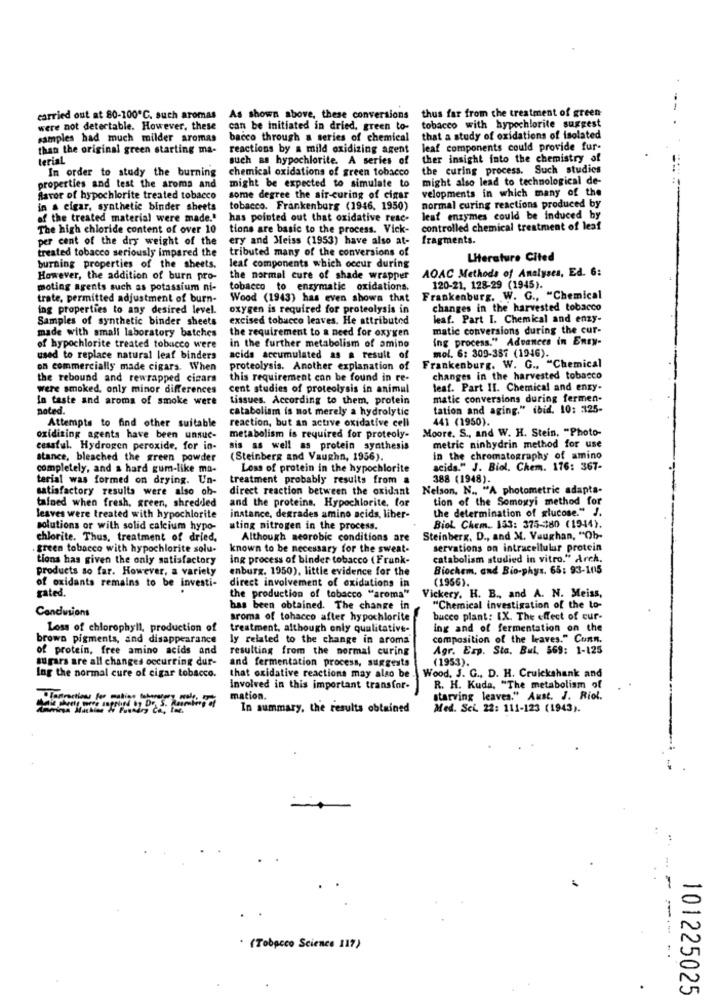
As shown above, these conversions thus far from the treatment of green
carried out at 80-100℃, such aromas
were not detectable. However, these
can be initiated in dried, green to- tobacco with hypochlorite suggest
samples had much milder aromas
bacco through a series of chemical
that a study of oxidations of isolated
than the original green starting ma-
reactions by a mild oxidizing agent
leaf components could provide fur-
terial
such as hypochlorite. A series of
ther insight into the chemistry of
In order to study the burning
chemical oxidations of green tobacco
the curing process. Such studies
might also lead to technological de-
properties and test the aroma and
might be expected to simulate to
velopments in which many of the
favor of hypochlorite treated tobacco
some degree the air-curing of cigar
in a cigar, synthetic binder sheets
tobacco. Frankenburg (1946. 1950)
normal curing reactions produced by
of the treated material were made."
has pointed out that oxidative rese-
leat enzymes could be induced by
The high chloride content of over 10
tions are basic to the process. Vick-
controlled chemical treatment of leaf
per cent of the dry weight of the
ery and Meiss (1953) have also at-
fragments.
treated tobacco seriously impared the
tributed many of the conversions of
Literature Cited
burning properties of the sheets.
leaf components which occur during
However, the addition of burn pro-
the normal cure of shade wrapper
AOAC Methods of Analyses, Ed. 6:
moting agents such as potassium ni-
tobacco to enzymatic oxidations.
120-21. 128-29 (1945).
trate, permitted adjustment of burn-
Wood (1943) has even shows that
Frankenburg. W. G ., "Chemical
ing properties to any desired level.
oxygen is required for proteolysis in
changes in the harvested tobacco
Samples of synthetic binder sheets
excised tobacco leaves. He attributed
leaf. Part I. Chemical and enzy-
made with small laboratory batches
the requirement to a need for oxygen
matic conversions during the cur-
ing process." Advances in Enty-
of hypochlorite treated tobucco were
in the further metabolism of amino
used to replace natural leaf binders
acids accumulated as a result of
Frankenburg. W. G ., "Chemical
mol. 6: 309-387 (1946).
on commercially made cigars. When
proteolysis. Another explanation of
the rebound and rewrapped cimars
this requirement can be found in re-
changes in the harvested tobacco
were smoked, only minor differences
cent studies of proteolysis in animal
leaf. Part II. Chemical and enzy-
In taste and aroma of smoke were
tissues. According to them, protein
matic conversions during fermen-
noted.
cataboliam is not merely a hydrolytic
tation and aging." ibid. 10: 325-
reaction, but an active oxidative cell
441 (1950).
Attempts to find other suitable
Moore, S ., and W. H. Stein, "Photo-
oxidizing agents have been unsuc-
metabolism is required for proteoly-
cessful. Hydrogen peroxide, for in-
sis as well as protein synthesis
metric ninhydrin method for use
stance, bleached the green powder
(Steinberg and Vaughn, 1956).
in the chromatography of amino
completely, and a hard gum-like ma-
Loss of protein in the hypochlorite
acids." J. Biol. Chem. 176: 367-
terial was formed on drying. Un-
treatment probably results from a
388 (1948).
satisfactory results were also ob-
direct reaction between the oxidant
Nelson, N .. "A photometric adapta-
and the proteins. Hypochlorite, for
tion of the Somogyi method for
tafned when fresh, green, shredded
the determination of glucose." J.
leaves were treated with hypochlorite
instance, degrades amino acids, liber-
Biol Chem .. 153: 375-380 (1944).
solutions or with solid calcium hypo-
ating nitrogen in the process.
chlorite. Thus, treatment of dried,
Although neorobic conditions are
Steinberg. D ., and M. Vaughan, "Ob-
green tobacco with hypochlorite solu-
known to be necessary for the sweat-
servations on intracellulur protein
tions has given the only satisfactory
ing process of binder tobacco (Frank-
catabolismstudied in vitro." Arch.
products so far. However, a variety
enburg. 1950), little evidence for the
Biochem, and Bio-phys. 65: 93-1015
of oxidants remains to be investi-
(1956).
gated.
direct involvement of oxidations in
the production of tobacco "aroma"
Vickery. H. B ., and A. N. Meiss,
Candwsions
has been obtained. The change in
"Chemical investigation of the to-
sroma of tohacco after hypochlorite
bucco plant: IX. The effect of cur-
Loss of chlorophyll, production of
treatment, although only qualitative-
ing and of fermentation on the
brown pigments, and disappearance
ly related to the change in aroma
composition of the leaves." Conn.
of protein, free amino acids and
resulting from the normal curing
Agr. Exp. Sta. Bul. 569: 1-125
sugars are all changes occurring dur-
and fermentation process, suggests
(1953).
Ing the normal cure of cigar tobacco.
Wood, J. G ., D. H. Cruickshank and
that oxidative reactions may also be
involved in this important transfor-
R. H. Kuda, "The metabolism of
6 De S. A.
mation.
starving leaves." Aust. J. Riol.
In summary, the results obtained
Med. Sei. 22: 111-123 (1943).
* (Tobacco Science 117)
101225025